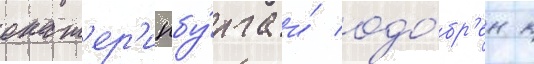
екат'ер'инбу́рга и́ одо́бр'ен к